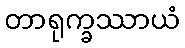
တာရုက္ခဿာယံ